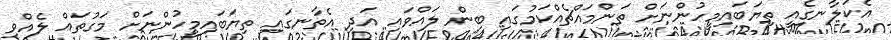
އެކަލާނގެއީ ތިޔަބައިމީހުންނަށް ތަންމައްޗެއްކަމުގައި ބިން ލައްވައި އަދި އެތާނގައި ތިޔަބައިމީހުންނަށް މަގުތައް ލެއްވި